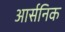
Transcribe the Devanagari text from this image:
आर्सनिक